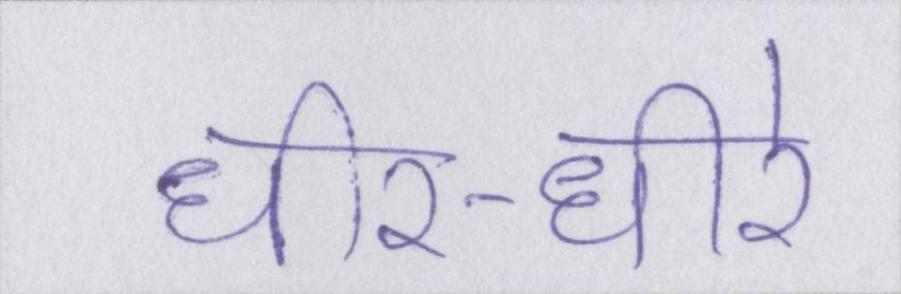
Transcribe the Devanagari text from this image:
धीर-धीरे